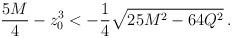
LaTeX: \begin{align*}{{5M}\over 4} - z_0 ^3 < -{1\over 4} \sqrt{25M^2 -64 Q^2} \, .\end{align*}